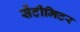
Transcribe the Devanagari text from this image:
सेंटीमिटर